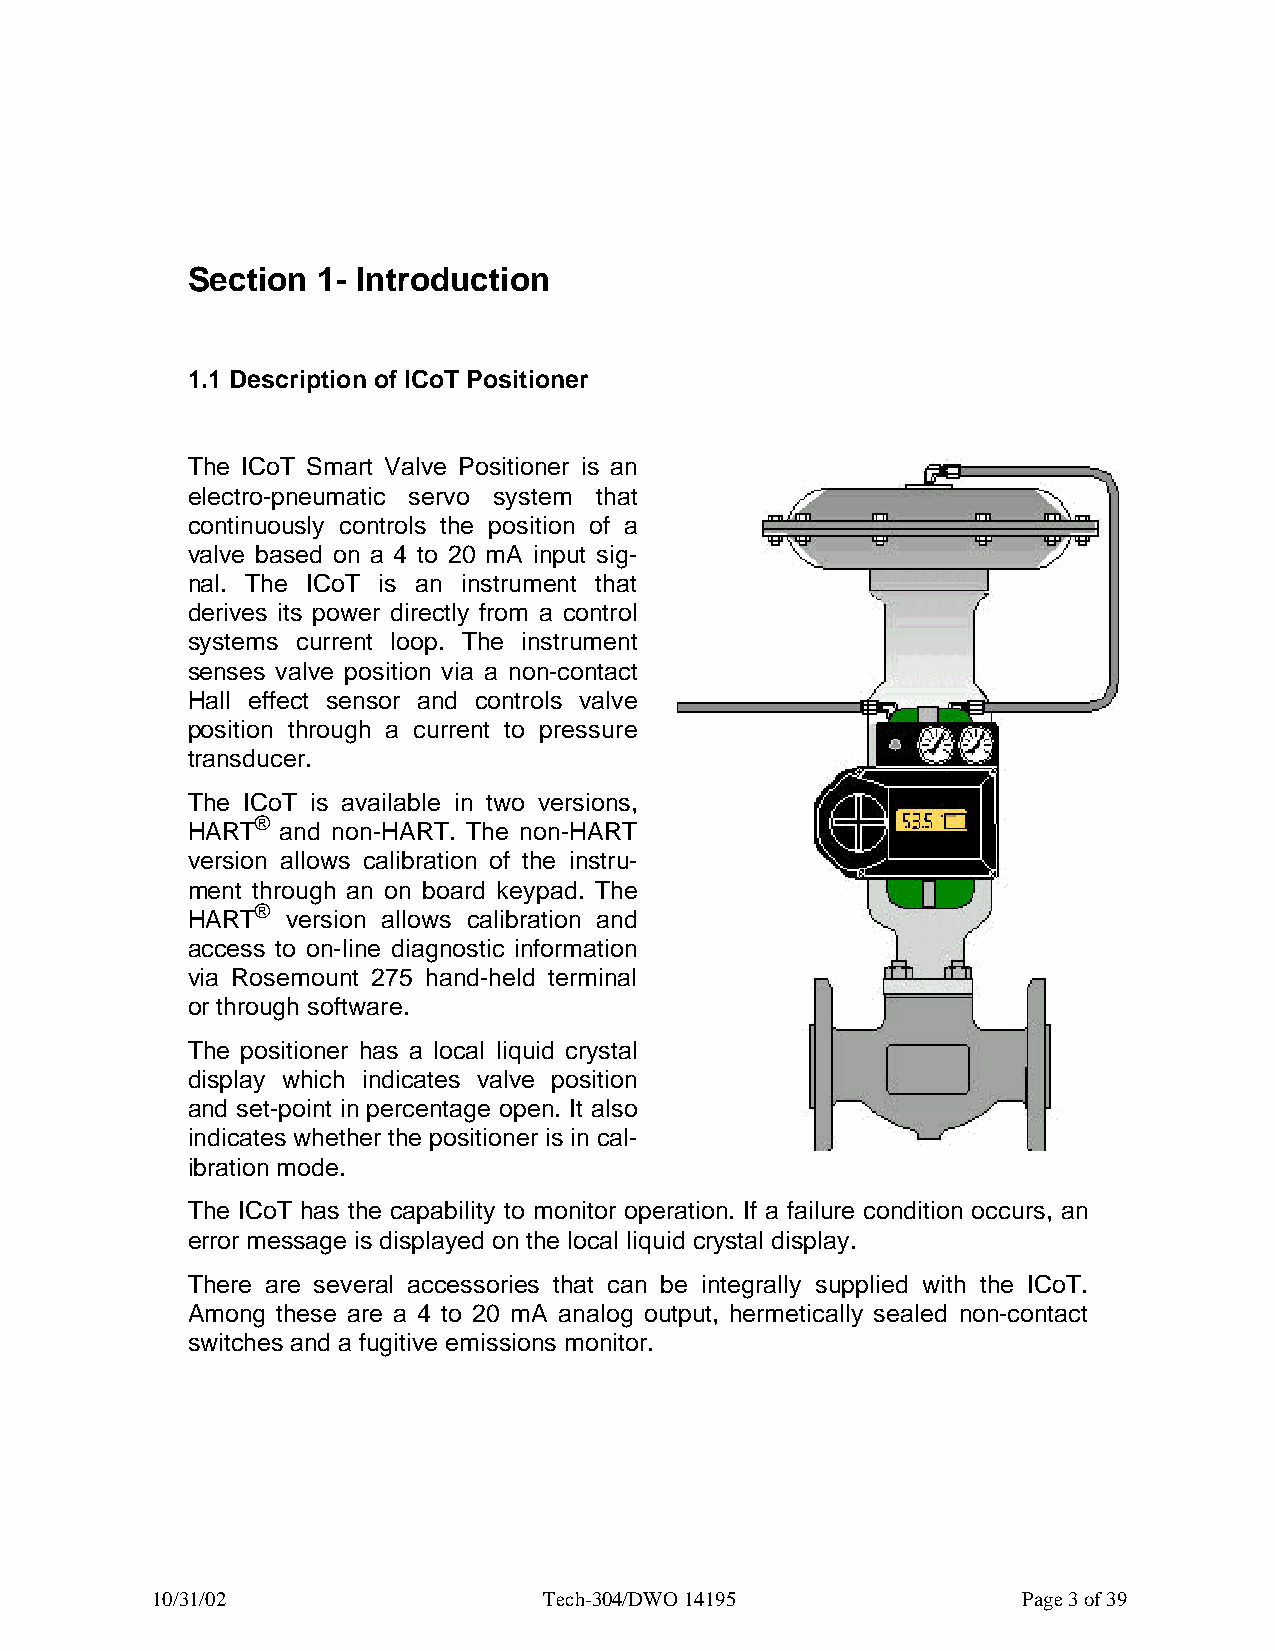
Section  1- Introduction
 1.1 Description of ICoT Positioner
 The ICoT Smart Valve Positioner is an
 electro-pneumatic servo system that
 continuously controls the position of a
 valve based on a 4 to 20 mA input sig-
 nal. The ICoT is an instrument that
 derives its power directly from a control
 systems current loop. The instrument
 senses valve position via a non-contact
 Hall effect sensor and controls valve
 position through a current to pressure
 transducer.
 The ICoT is available in two versions,
 HART®  and non-HART. The non-HART
 version allows calibration of the instru-
 ment through an on board keypad. The
 HART®  version allows calibration and
 access to on-line diagnostic information
 via Rosemount 275 hand-held terminal
 or through software.
 The positioner has a local liquid crystal
 display which indicates valve position
 and set-point in percentage open. It also
 indicates whether the positioner is in cal-
 ibration mode.
 The ICoT has the capability to monitor operation. If a failure condition occurs, an
 error message is displayed on the local liquid crystal display.
 There are several accessories that can be integrally supplied with the ICoT.
 Among these are a 4 to 20 mA analog output, hermetically sealed non-contact
 switches and a fugitive emissions monitor.
 10/31/02                  Tech-304/DWO 14195              Page 3 of 39